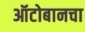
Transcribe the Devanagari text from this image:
ऑटोबानचा